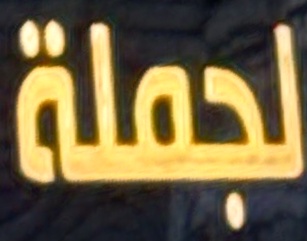
لجملة